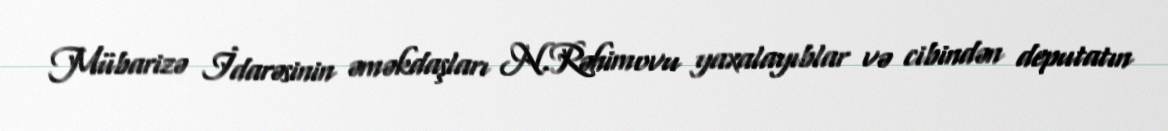
Mübarizə İdarəsinin əməkdaşları N.Rəhimovu yaxalayıblar və cibindən deputatın